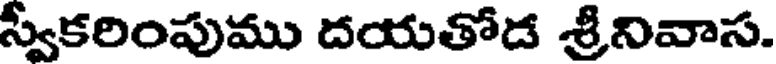
స్వీకరింపుము దయతోడ శ్రీనివాస.